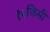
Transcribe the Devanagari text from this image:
१५किमी